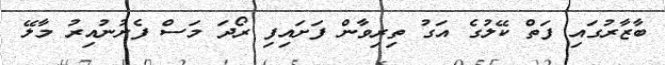
ބާޒާރުގައި ފަތް ކޭލުގެ އަގު ތިރިވާން ފަށައިފި ރޯދަ މަސް ފެށުނުއިރު މާލޭ